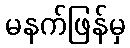
မနက်ဖြန်မှ